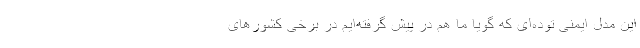
این مدل ایمنی توده‌ای که گویا ما هم در پیش گرفته‌ایم در برخی کشورهای